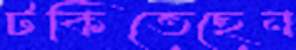
টকিতেছেন